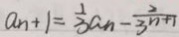
a _ { n } + 1 = \frac { 1 } { 3 } a _ { n } - \frac { 2 } { 3 ^ { n + 1 } }